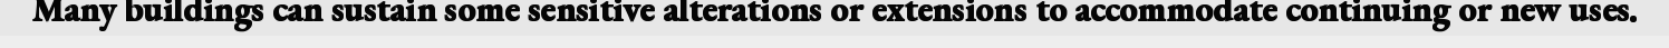
Many buildings can sustain some sensitive alterations or extensions to accommodate continuing or new uses.